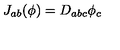
J _ { a b } ( \phi ) = D _ { a b c } \phi _ { c }